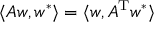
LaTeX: \langle A w , w ^ { * } \rangle = \langle w , A ^ { \mathrm { T } } w ^ { * } \rangle